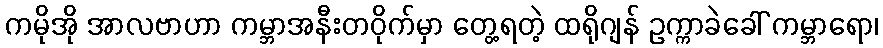
ကမိုအို အာလဗာဟာ ကမ္ဘာအနီးတဝိုက်မှာ တွေ့ရတဲ့ ထရိုဂျန် ဥက္ကာခဲခေါ် ကမ္ဘာရော၊